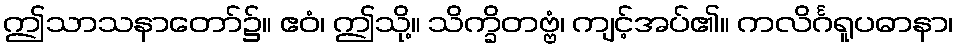
ဤသာသနာတော်၌။ ဧဝံ၊ ဤသို့။ သိက္ခိတဗ္ဗံ၊ ကျင့်အပ်၏။ ကလိင်္ဂရူပဓာနာ၊